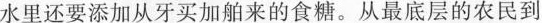
水里还要添加从牙买加舶来的食糖。从最底层的农民到